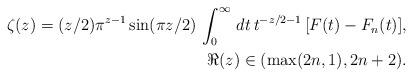
LaTeX: \begin{align*} \zeta(z) = (z/2) \pi^{z-1} \sin (\pi z/2) \, \int_0^\infty \, dt \, t^{-z/2-1} \, [F(t) - F_n(t)],& \\ \Re(z) \in (\max(2n,1),2n+2).& \end{align*}